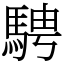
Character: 騁